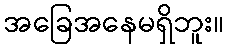
အခြေအနေမရှိဘူး။